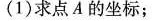
(1)求点A的坐标；